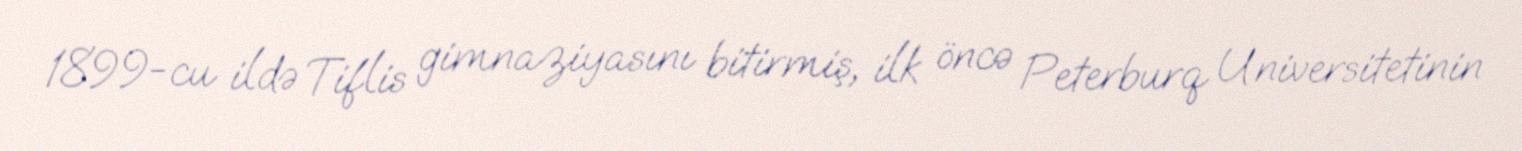
1899-cu ildə Tiflis gimnaziyasını bitirmiş, ilk öncə Peterburq Universitetinin